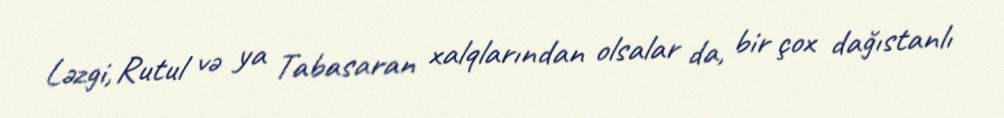
Ləzgi, Rutul və ya Tabasaran xalqlarından olsalar da, bir çox dağıstanlı